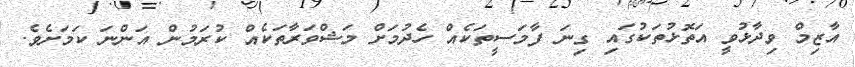
އާޒިމް ވިދާޅުވީ އަތޮޅުތަކުގައި ގިނަ ފާމަސީތަކެއް ހެދުމަށް މަޝްވަރާތަކެއް ކުރަމުން އަންނަ ކަމަށެވެ.